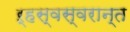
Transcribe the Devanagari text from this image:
ऱ्हस्वस्वरान्त